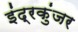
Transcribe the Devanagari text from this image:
इंद्रकुंजर